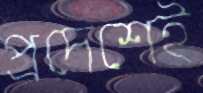
প্রদেশেই